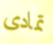
تمادى